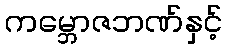
ကမ္ဘောဇဘဏ်နှင့်